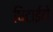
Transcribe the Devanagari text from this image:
धिटाईने